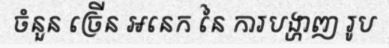
ចំនួន ច្រើន អនេក នៃ ការបង្ហាញ រូប